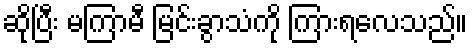
ဆိုပြီး မကြာမီ မြင်းခွာသံကို ကြားရလေသည်။